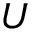
U